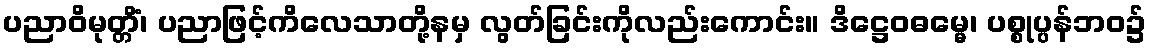
ပညာဝိမုတ္တိံ၊ ပညာဖြင့်ကိလေသာတို့နမှ လွတ်ခြင်းကိုလည်းကောင်း။ ဒိဋ္ဌေဝဓမ္မေ၊ ပစ္စုပ္ပန်ဘဝ၌